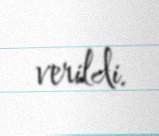
verildi.